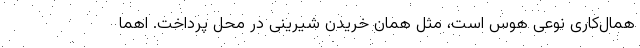
همال‌کاری نوعی هوس است، مثل همان خریدن شیرینی در محل پرداخت. اهما